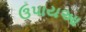
ઉપાયઆ